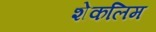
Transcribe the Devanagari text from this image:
शेकलिम